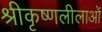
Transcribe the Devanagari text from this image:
श्रीकृष्णलीलाओं